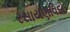
રસાયણવિદો